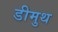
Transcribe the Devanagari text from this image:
डीमुथ